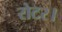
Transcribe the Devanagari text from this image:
रोटर।